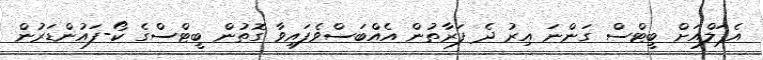
އެޕަލްއަށް ބީޓްސް ގަންނަ އިރު ދެ ފަރާތުން އެެއްބަސްވެފައިވާ ގޮތުން ބީޓްސްގެ ކޯ-ފައުންޑަރުން